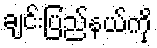
ချင်းပြည်နယ်ကို